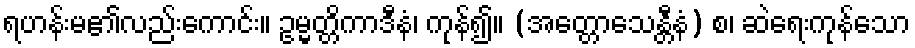
ရဟန်းမ၏လည်းကောင်း။ ဥမ္မတ္တိကာဒီနံ၊ ကုန်၍။ (အတ္တောသေန္တီနံ) စ၊ ဆဲရေးကုန်သော